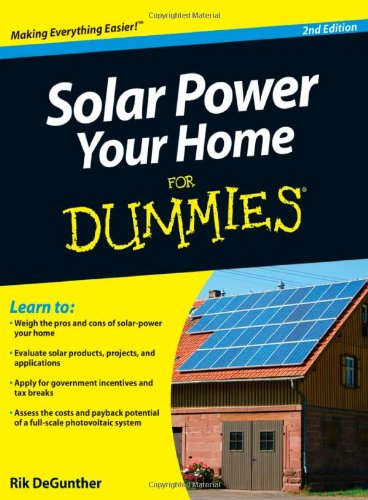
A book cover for Solar Power Your Home For Dummies; Rik DeGunther; Science & Math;